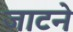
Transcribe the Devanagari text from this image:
जाटने